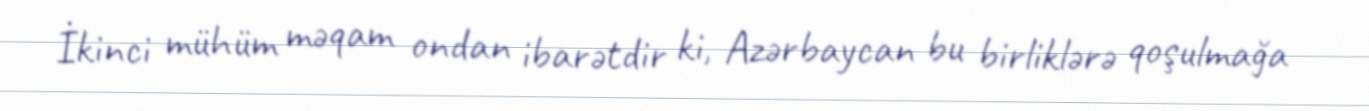
İkinci mühüm məqam ondan ibarətdir ki, Azərbaycan bu birliklərə qoşulmağa